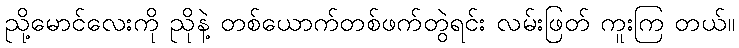
ညို့မောင်လေးကို ညိုနဲ့ တစ်ယောက်တစ်ဖက်တွဲရင်း လမ်းဖြတ် ကူးကြ တယ်။